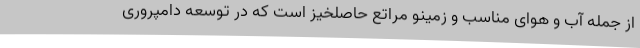
از جمله آب و هوای مناسب و زمینو مراتع حاصلخیز است که در توسعه دامپروری